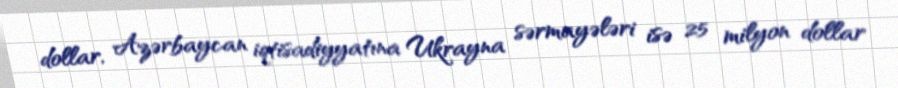
dollar, Azərbaycan iqtisadiyyatına Ukrayna sərmayələri isə 25 milyon dollar